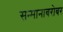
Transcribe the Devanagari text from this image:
सन्मानाबरोबर